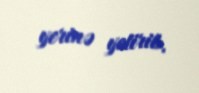
yerinə yetirib.